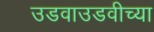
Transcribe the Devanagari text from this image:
उडवाउडवीच्या